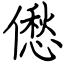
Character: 僽